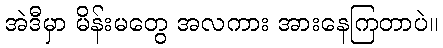
အဲဒီမှာ မိန်းမတွေ အလကား အားနေကြတာပဲ။